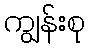
ကျွန်းစု